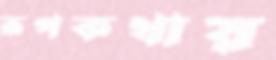
রূপকথায়